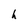
Character: h